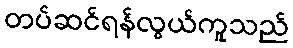
တပ်ဆင်ရန်လွယ်ကူသည်